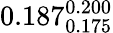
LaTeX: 0.187_{0.175}^{0.200}